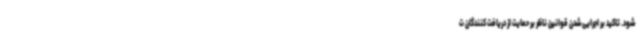
شود. تاکید بر اجرایی شدن قوانین ناظر بر حمایت از دریافت کنندگان ت